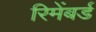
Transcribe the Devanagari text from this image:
रिमेंबर्ड